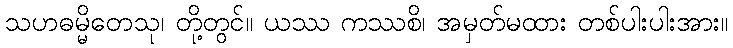
သဟဓမ္မိတေသု၊ တို့တွင်။ ယဿ ကဿစိ၊ အမှတ်မထား တစ်ပါးပါးအား။